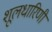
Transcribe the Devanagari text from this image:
शूलधारिणी